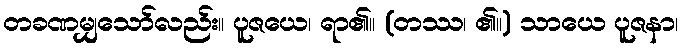
တခဏမျှသော်လည်း။ ပူဇယေ၊ ရာ၏။ (တဿ၊ ၏။) သာယေ ပူဇနာ၊